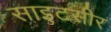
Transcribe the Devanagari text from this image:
साइटसीर